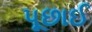
પૂછાઈ